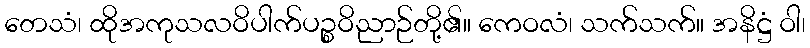
တေသံ၊ ထိုအကုသလဝိပါက်ပဉ္စဝိညာဉ်တို့၏။ ကေဝလံ၊ သက်သက်။ အနိဋ္ဌံ ဝါ၊